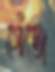
গেঁজে